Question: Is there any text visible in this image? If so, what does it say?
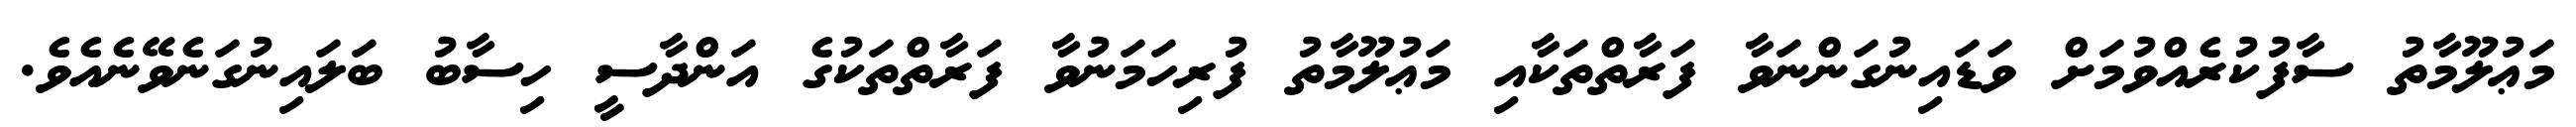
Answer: މަޢުލޫމާތު ސާފުކުރެއްވުމަށް ވަޑައިނުގަންނަވާ ފަރާތްތަކާއި މަޢުލޫމާތު ފުރިހަމަނުވާ ފަރާތްތަކުގެ އަންދާސީ ހިސާބު ބަލައިނުގަނެވޭނެއެވެ.